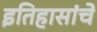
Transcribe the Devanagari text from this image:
इतिहासांचे